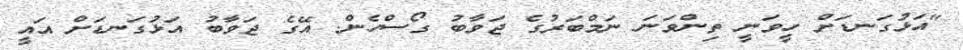
"އަޅުގަނޑަށް ހީވަނީ ތިންވަނަ ނަމްބަރުގެ ޖަވާބު ގޯސްހެން. އޭގެ ޖަވާބު އަޅުގަނޑަށް އައީ